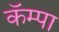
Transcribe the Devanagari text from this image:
कॅम्पा